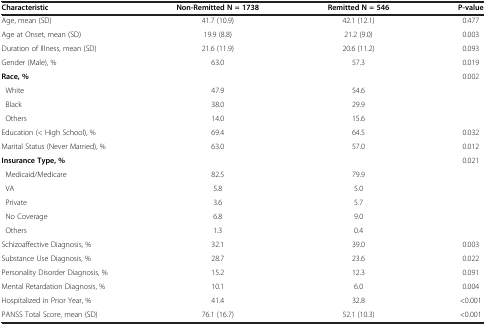
<table><thead><tr><td><b>Characteristic</b></td><td><b>Non-Remitted N = 1738</b></td><td><b>Remitted N = 546</b></td><td><b>P-value</b></td></tr></thead><tbody><tr><td>Age, mean (SD)</td><td>41.7 (10.9)</td><td>42.1 (12.1)</td><td>0.477</td></tr><tr><td>Age at Onset, mean (SD)</td><td>19.9 (8.8)</td><td>21.2 (9.0)</td><td>0.003</td></tr><tr><td>Duration of Illness, mean (SD)</td><td>21.6 (11.9)</td><td>20.6 (11.2)</td><td>0.093</td></tr><tr><td>Gender (Male), %</td><td>63.0</td><td>57.3</td><td>0.019</td></tr><tr><td><b>Race, %</b></td><td> </td><td> </td><td>0.002</td></tr><tr><td> White</td><td>47.9</td><td>54.6</td><td> </td></tr><tr><td> Black</td><td>38.0</td><td>29.9</td><td> </td></tr><tr><td> Others</td><td>14.0</td><td>15.6</td><td> </td></tr><tr><td>Education (&lt; High School), %</td><td>69.4</td><td>64.5</td><td>0.032</td></tr><tr><td>Marital Status (Never Married), %</td><td>63.0</td><td>57.0</td><td>0.012</td></tr><tr><td><b>Insurance Type, %</b></td><td> </td><td> </td><td>0.021</td></tr><tr><td> Medicaid/Medicare</td><td>82.5</td><td>79.9</td><td> </td></tr><tr><td> VA</td><td>5.8</td><td>5.0</td><td> </td></tr><tr><td> Private</td><td>3.6</td><td>5.7</td><td> </td></tr><tr><td> No Coverage</td><td>6.8</td><td>9.0</td><td> </td></tr><tr><td> Others</td><td>1.3</td><td>0.4</td><td> </td></tr><tr><td>Schizoaffective Diagnosis, %</td><td>32.1</td><td>39.0</td><td>0.003</td></tr><tr><td>Substance Use Diagnosis, %</td><td>28.7</td><td>23.6</td><td>0.022</td></tr><tr><td>Personality Disorder Diagnosis, %</td><td>15.2</td><td>12.3</td><td>0.091</td></tr><tr><td>Mental Retardation Diagnosis, %</td><td>10.1</td><td>6.0</td><td>0.004</td></tr><tr><td>Hospitalized in Prior Year, %</td><td>41.4</td><td>32.8</td><td>&lt;0.001</td></tr><tr><td>PANSS Total Score, mean (SD)</td><td>76.1 (16.7)</td><td>52.1 (10.3)</td><td>&lt;0.001</td></tr></tbody></table>